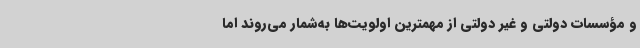
و مؤسسات دولتی و غیر دولتی از مهمترین اولویت‌ها به‌شمار می‌روند اما